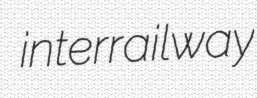
interrailway